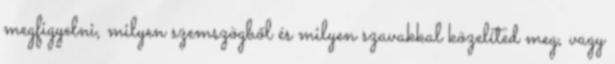
megfigyelni, milyen szemszögből és milyen szavakkal közelíted meg, vagy